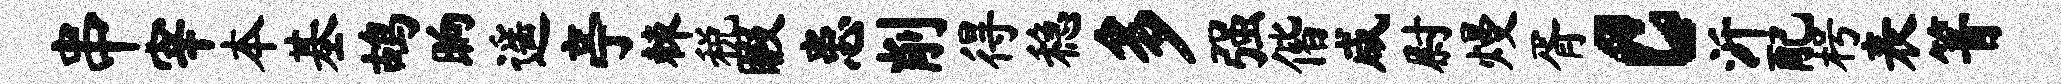
串宰本基鸪晌遥亭棘税暇患削得稳多强偕咸尉熳胥c沂配枵表箐